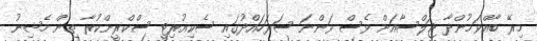
މިރޭ ބާއްވަމުންދާ ޖަލްސާއަށް ވެސް ވަންނަ ސަރަހައްދުގައި ސެކިއުރިޓީ ސްކްރީންކުރާ ތިން މެޝިނު